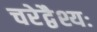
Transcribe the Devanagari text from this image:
चरेद्वैश्यः